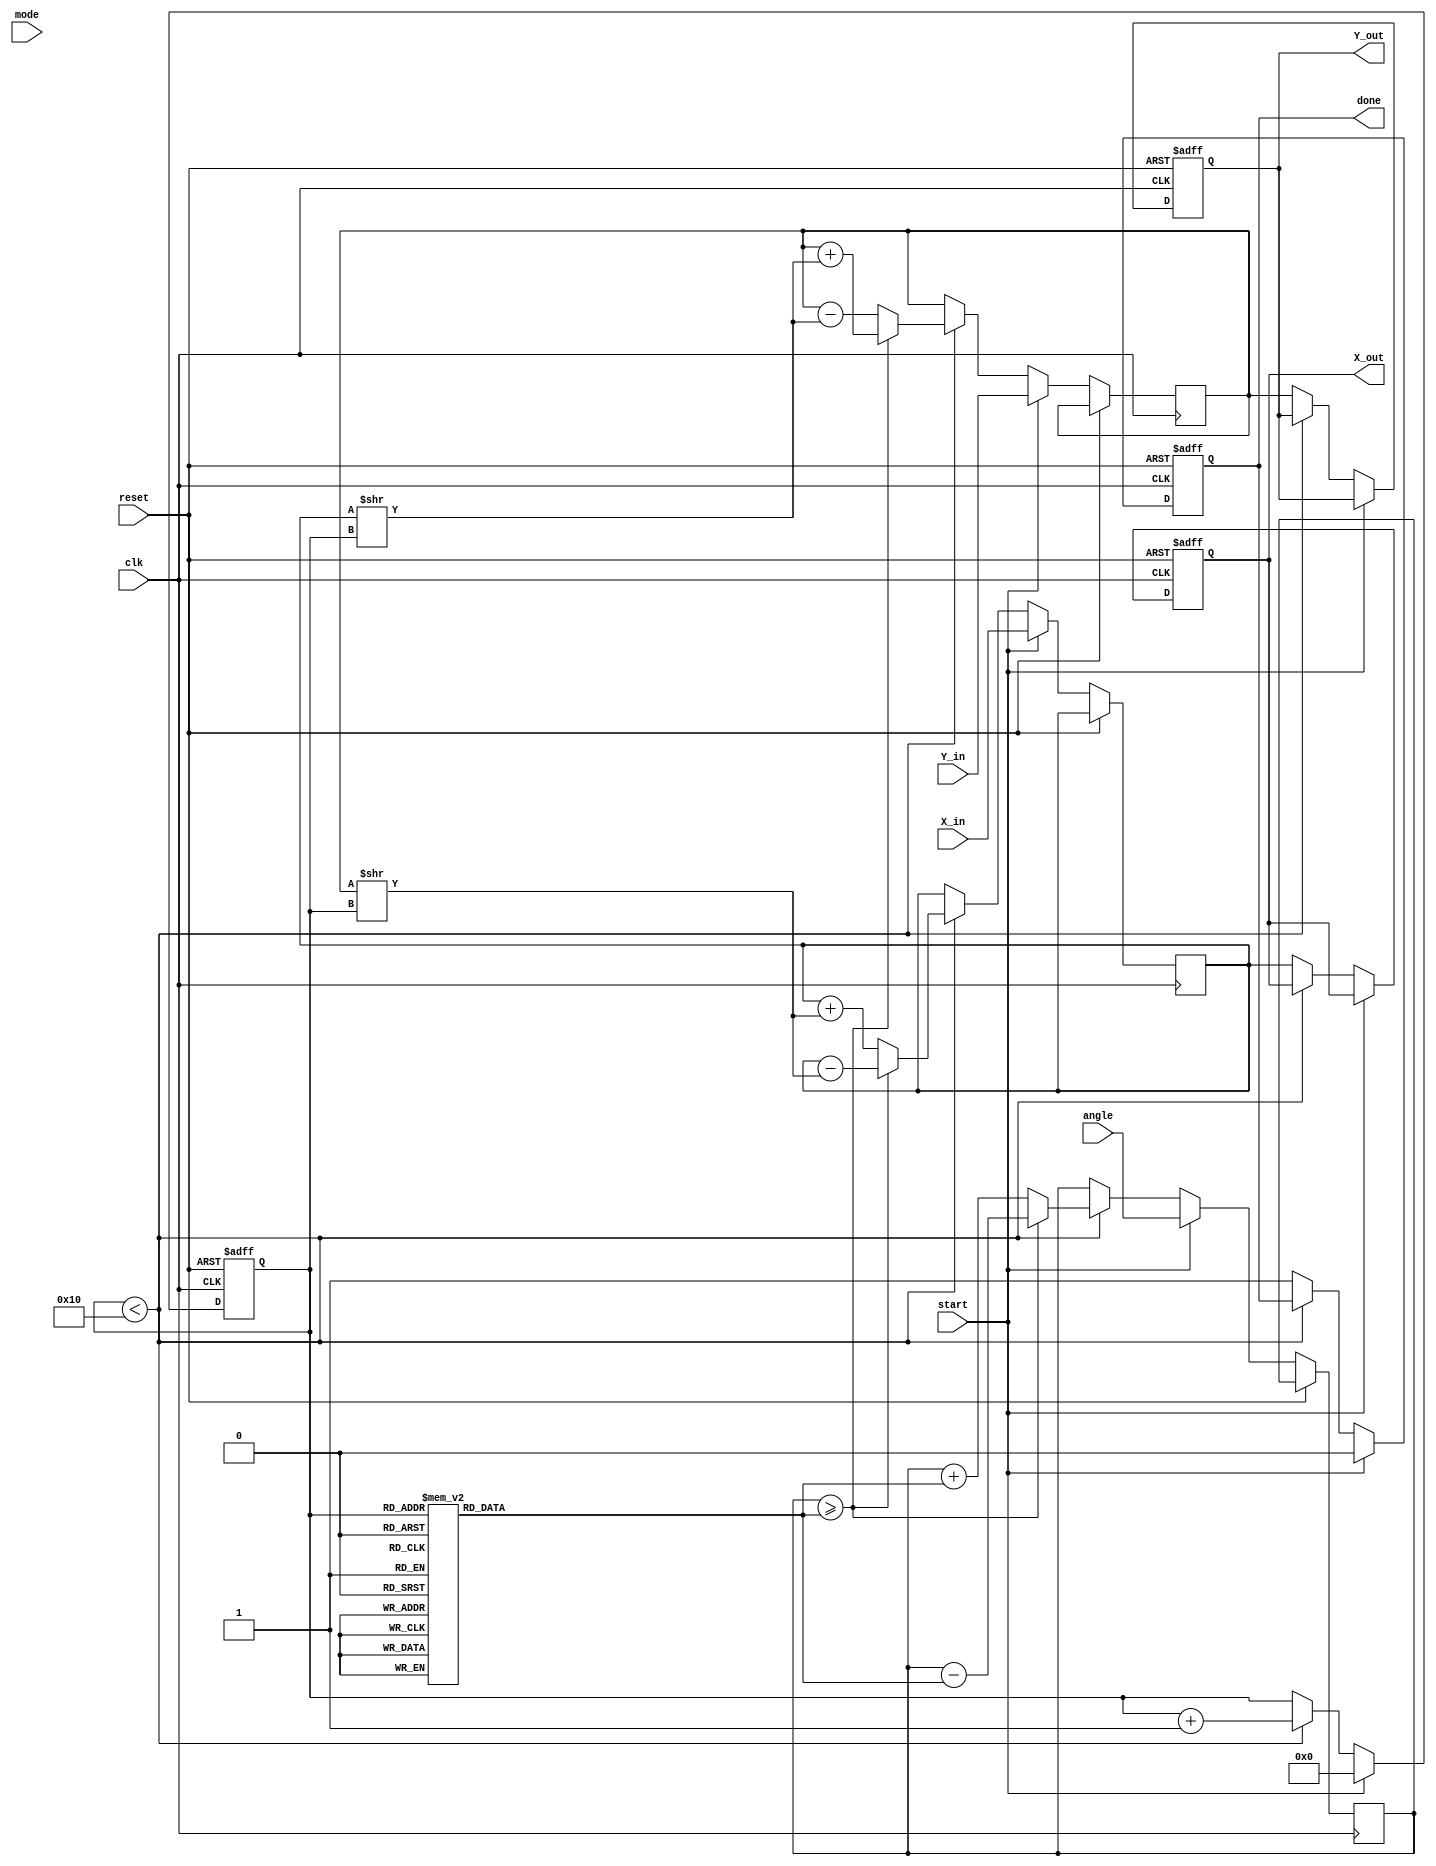
module modified_cordic (
    input wire clk,
    input wire reset,
    input wire [15:0] X_in, // Input X coordinate
    input wire [15:0] Y_in, // Input Y coordinate
    input wire [15:0] angle, // Input angle in radians (scaled)
    input wire mode, // 0 for circular, 1 for hyperbolic
    input wire start, // Start signal for computation
    output reg [15:0] X_out, // Output X coordinate
    output reg [15:0] Y_out, // Output Y coordinate
    output reg done // Done signal
);

    // Parameters
    parameter NUM_ITERATIONS = 16; // Number of iterations
    parameter ANGLE_LUT_SIZE = 16; // Size of the angle lookup table

    // Angle lookup table (precomputed arctangent values)
    reg [15:0] angle_lut [0:ANGLE_LUT_SIZE-1];
    initial begin
        // Populate the angle lookup table with precomputed values
        angle_lut[0] = 16'h0000; // atan(1) = 0
        angle_lut[1] = 16'h1C71; // atan(0.5) = 26.565 degrees
        angle_lut[2] = 16'h2D41; // atan(0.333) = 18.434 degrees
        angle_lut[3] = 16'h3A91; // atan(0.25) = 14.036 degrees
        // Add more values as needed...
    end

    // Internal registers
    reg [15:0] x_reg, y_reg;
    reg [15:0] angle_reg;
    reg [3:0] iteration_count;
    reg [15:0] scaling_factor;

    // Scaling factor for CORDIC
    always @(posedge clk or posedge reset) begin
        if (reset) begin
            scaling_factor <= 16'h1; // Initial scaling factor
        end else begin
            // Update scaling factor (for simplicity, using a fixed value)
            scaling_factor <= scaling_factor; // Update logic can be added
        end
    end

    // State machine for CORDIC processing
    always @(posedge clk or posedge reset) begin
        if (reset) begin
            X_out <= 0;
            Y_out <= 0;
            done <= 0;
            iteration_count <= 0;
        end else if (start) begin
            // Initialize registers
            x_reg <= X_in;
            y_reg <= Y_in;
            angle_reg <= angle;
            iteration_count <= 0;
            done <= 0;
        end else if (iteration_count < NUM_ITERATIONS) begin
            // CORDIC rotation logic
            if (angle_reg >= angle_lut[iteration_count]) begin
                x_reg <= x_reg - (y_reg >> iteration_count);
                y_reg <= y_reg + (x_reg >> iteration_count);
                angle_reg <= angle_reg - angle_lut[iteration_count];
            end else begin
                x_reg <= x_reg + (y_reg >> iteration_count);
                y_reg <= y_reg - (x_reg >> iteration_count);
                angle_reg <= angle_reg + angle_lut[iteration_count];
            end
            iteration_count <= iteration_count + 1;
        end else begin
            // Final output assignment
            X_out <= x_reg;
            Y_out <= y_reg;
            done <= 1; // Indicate completion
        end
    end

endmodule